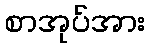
စာအုပ်အား